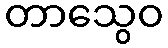
တာသွေဝ